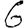
Digit: 6